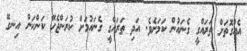
އެއްގޮތަށް ތަރައްގީ ގެނައުން ކަމަށެވެ. އަދި ތަރައްގީ ގެނައުމަށް ކުރަންޖެހޭ ކަންކަން އިނގޭ